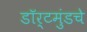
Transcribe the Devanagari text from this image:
डॉर्टमुंडचे